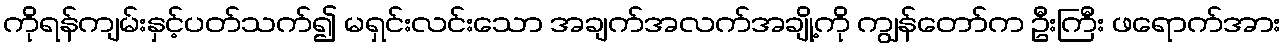
ကိုရန်ကျမ်းနှင့်ပတ်သက်၍ မရှင်းလင်းသော အချက်အလက်အချို့ကို ကျွန်တော်က ဦးကြီး ဖရောက်အား